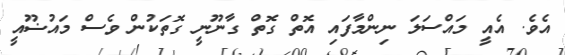
އެވެ. އެއީ މައްސަލަ ނިންމާފައި އޮތް ގޮތް ގާނޫނީ ގޮތަކުން ވެސް މައުޟޫއީ